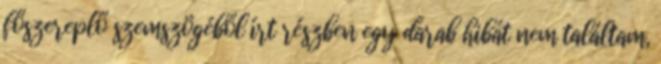
főszereplő szemszögéből írt részben egy darab hibát nem találtam,